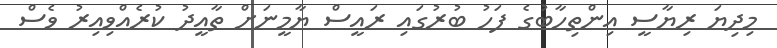
މިދިޔަ ރިޔާސީ އިންތިހާބުގެ ފަހު ބުރުގައި ރައީސް ޔާމީނަށް ތާއީދު ކުރެއްވިއިރު ވެސް